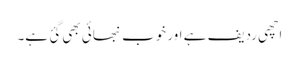
اچھی ردیف ہے اور خوب نبھائی بھی گئ ہے۔